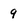
Character: 9